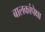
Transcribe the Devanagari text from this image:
बालकांपेक्षा